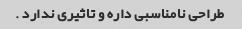
طراحی نامناسبی داره و تاثیری ندارد .